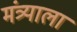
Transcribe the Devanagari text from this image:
मंत्र्याला